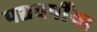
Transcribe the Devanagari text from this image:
पञ्चवर्षीया